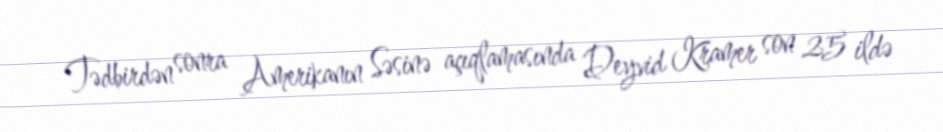
Tədbirdən sonra Amerikanın Səsinə açıqlamasında Deyvid Kramer son 25 ildə